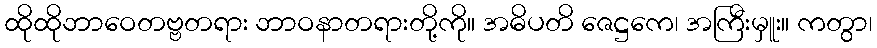
ထိုထိုဘာဝေတဗ္ဗတရား ဘာဝနာတရားတို့ကို။ အဓိပတိ ဇေဋ္ဌကေ၊ အကြီးမှူး။ ကတွာ၊